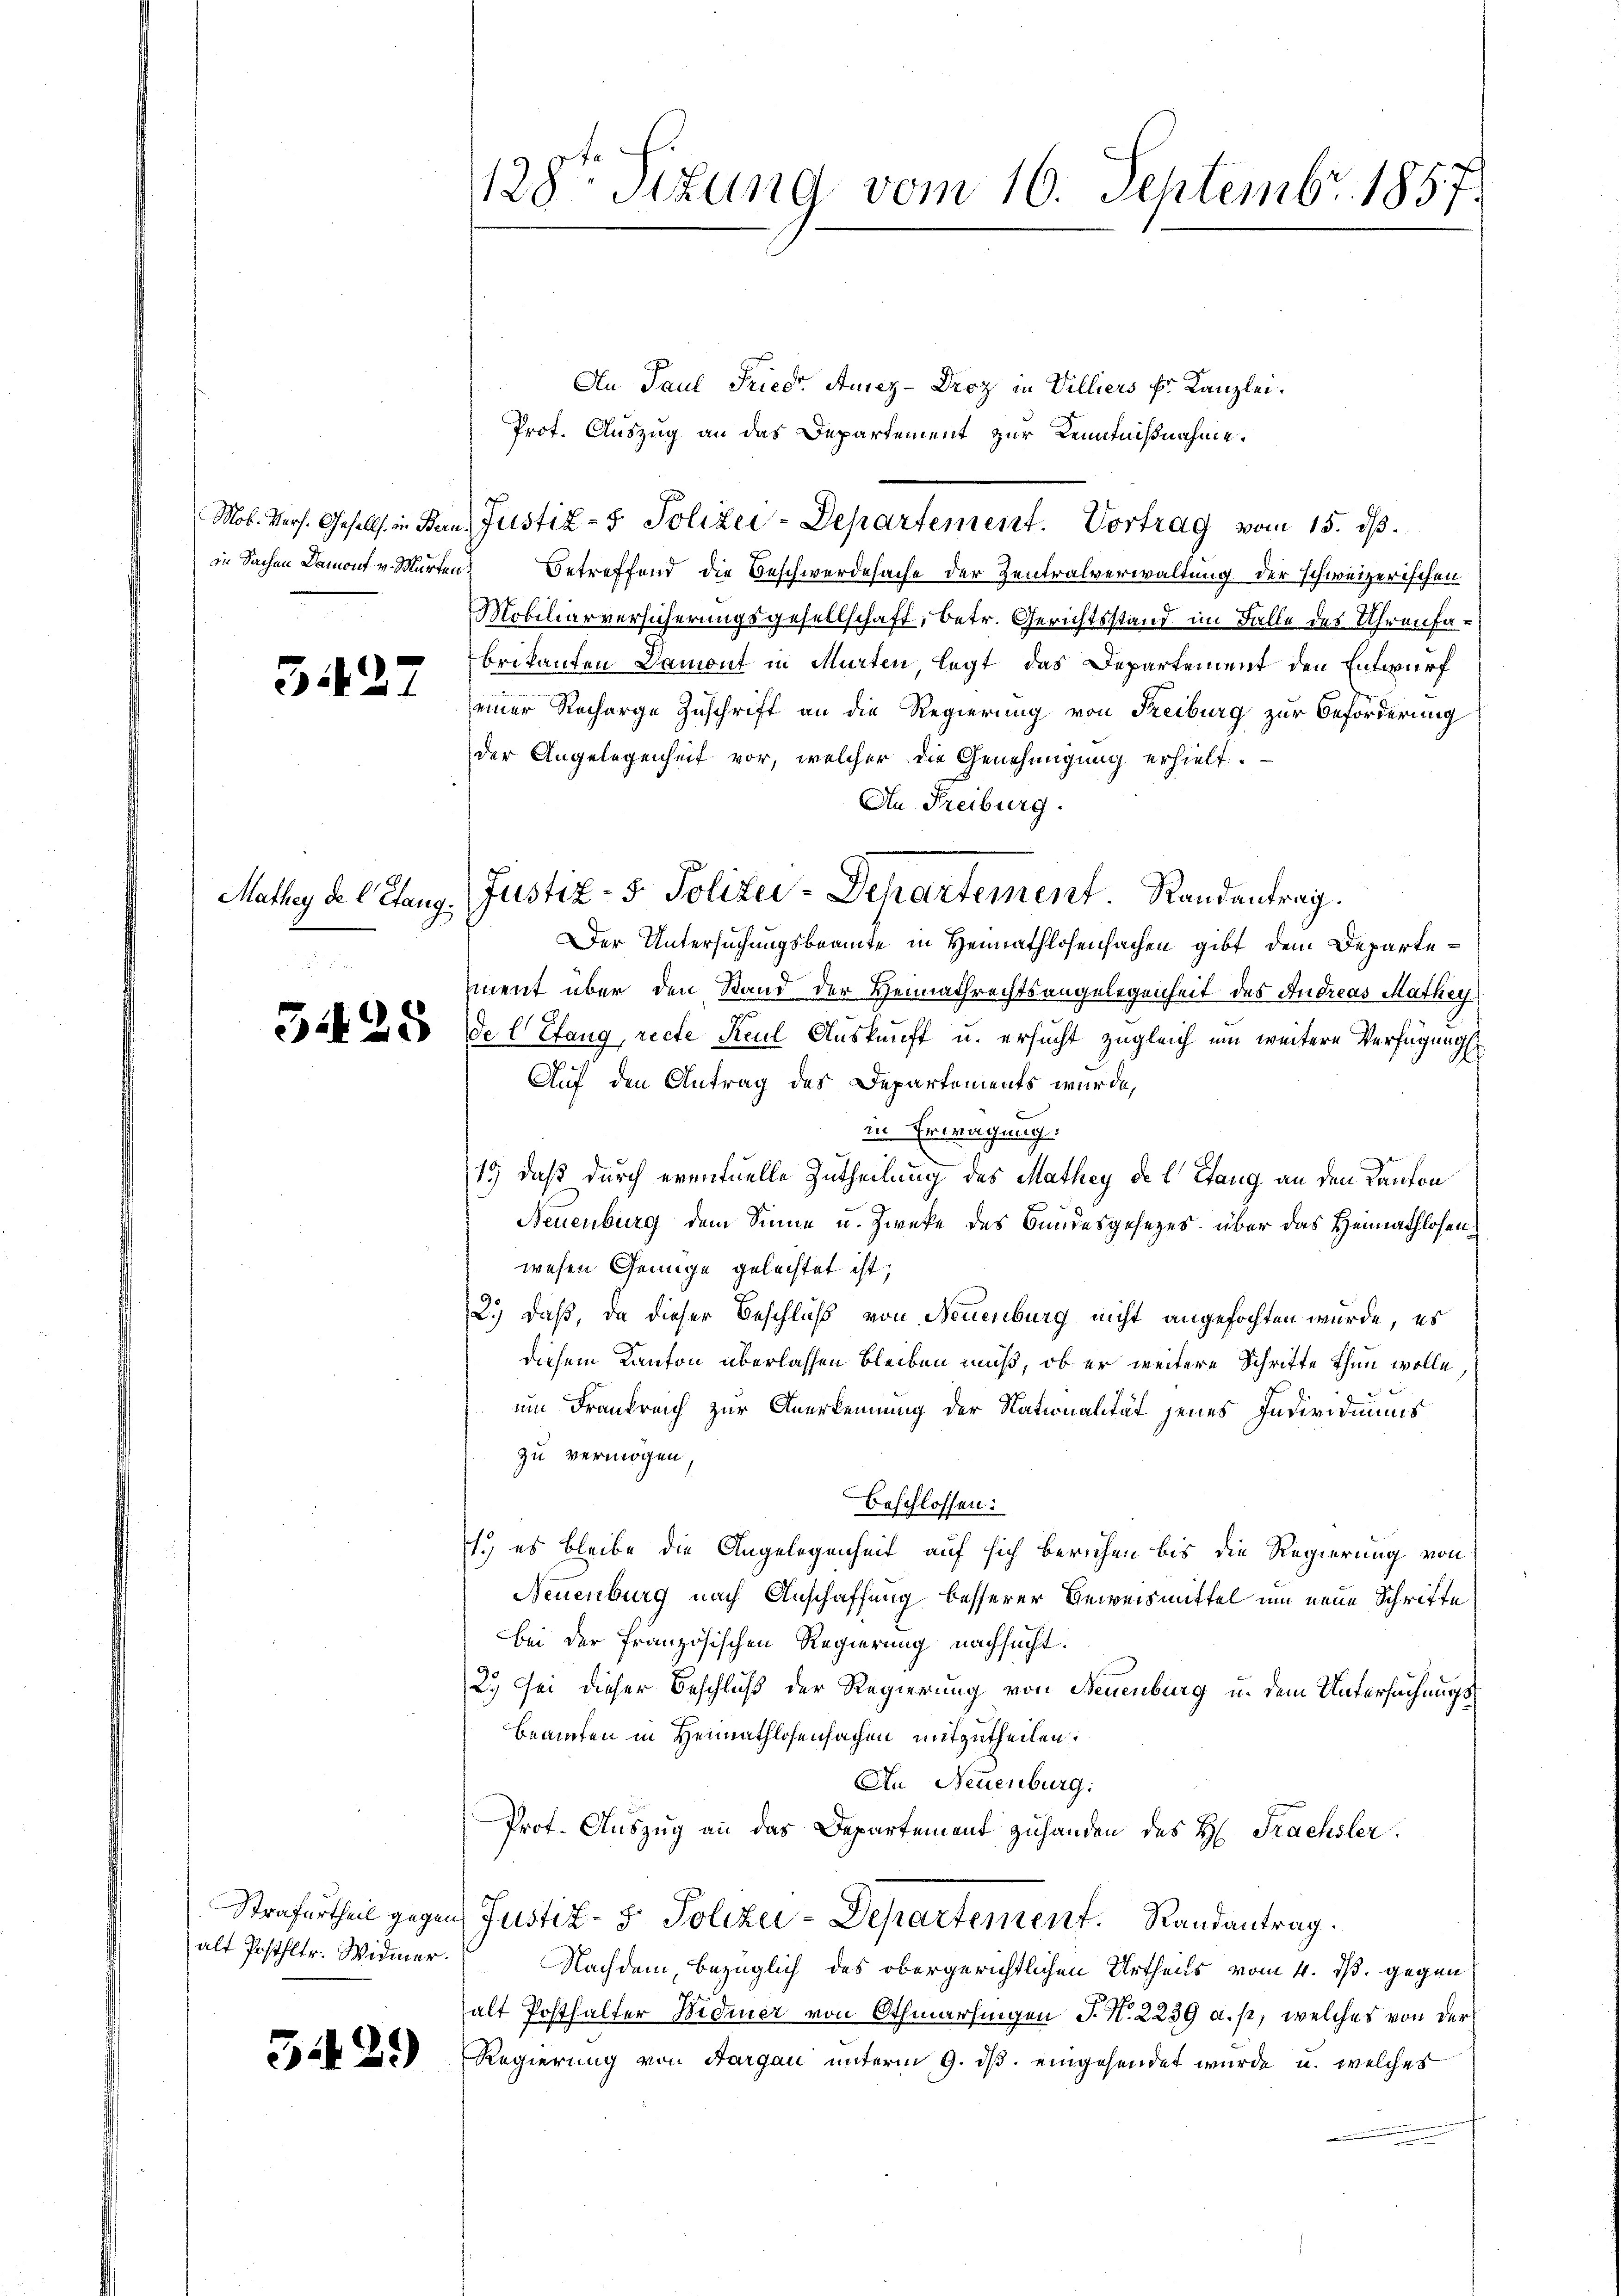
3.427

Mathey de l. Stang:

An Paul Friedr. Ausez-Droz in Villiers Fr. Kanzlei.
Prot. Auszug an das Departement zur Kenntnißnahme.
Mob. Vers. Gesells in Bern, Justiz- & Polizei-Departement. Vortrag vom 15. dβ.
in Sachen Damont v. Murten Betreffend die Beschwerdesache der Zentralverwaltung der schweizerischen
Mobiliarversicherungsgesellschaft, betr. Gerichtsstand im Falle des Uhrenfabrikanten Damont in Murten, legt das Departement den Entwurf
einer Recharge Zuschrift an die Regierung von Freiburg zur Beförderung
der Angelegenheit vor, welcher die Genehmigung erhielt.
An Freiburg.
Der Untersuchungsbeamte in Heimathlosensachen gibt dem Departement über den Stand der Heimathrechtsangelegenheit des Andreas Mathey
a u es de lang, recte Kaul Auskunft u. ersucht zugleich um weitere Verfügung
Auf den Antrag des Departements wurde,
in Erwägung.
15) daß durch eventuelle Zutheilung des Mathey de l. Stang an den Kanton
Neuenburg dem Sinne u. Zwecke des Bundesgesezes über das Heimathlosenwesen Genüge geleistet ist,
2.) Daß, da dieser Beschluß von Neuenburg nicht angefochten wurde, es
diesem Kanton überlassen bleiben muß, ob er weitere Schrifte thun wolle
um Frankreich zur Anerkennung der Nationalität jenes Individuums
zu vermögen.
beschlossen:
1. es bleibe die Angelegenheit auf sich beruhen bis die Regierung von
Neuenburg nach Anschaffung besserer Beweismittel um neue Schrifte
bei der französischen Regierung nachsucht.
2.) Sei dieser Beschluß der Regierung von Neuenburg u. dem Untersuchungs¬
Beamten in Heimathlosensachen mitzutheilen.
An Neuenburg.
Prof. Auszug an das Departement zuhanden des H. Frachsler.
Strafurtheil gegen Justiz- & Polizei-Departement. Randantrag.
Nachdem, bezüglich des obergerichtlichen Urtheils vom 4. ds. gegen
halt Posthalter Widmer von Othmarsingen J. N. 2239 a.p, welches von der
Regierung von Aargau unterm 9. ds. eingesendet wurde, u. welches

alt Posthltr. Widmer.

529)

128ten Sizung vom 10. Septembr. 1857.

Justiz- & Polizei-Departement. Randantrag.